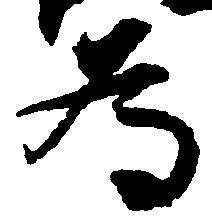
為